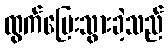
ထွက်ပြေးသွားခဲ့သည်